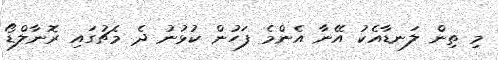
މި ތިން ލަނޑާއެކު އޭނާ އެންމެ ފަހުން ކުޅުނު ދެ މެޗުގައި ރޮނާލްޑޯ